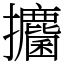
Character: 攟